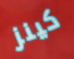
كينز